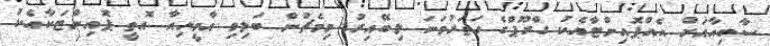
ސާބިއާއަށް އެއްޕޮއިންޓާއެކު ގްރޫޕްގެ ހަތަރުވަނަ ލިބޭއިރު މިމެޗުން ބަލިވި އާމީނިއާ އޮތީ ޕޮއިންޓަކާއެކު